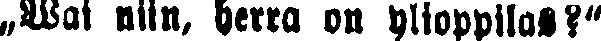
„Wai niin, herra on ylioppilas?"